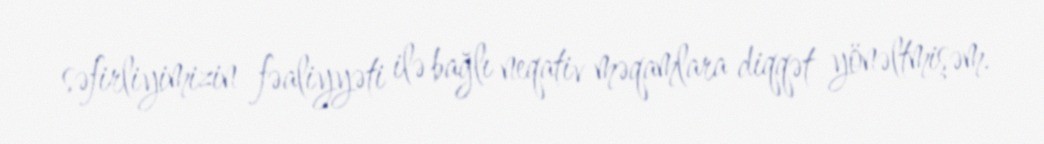
səfirliyimizin fəaliyyəti ilə bağlı neqativ məqamlara diqqət yönəltmişəm.